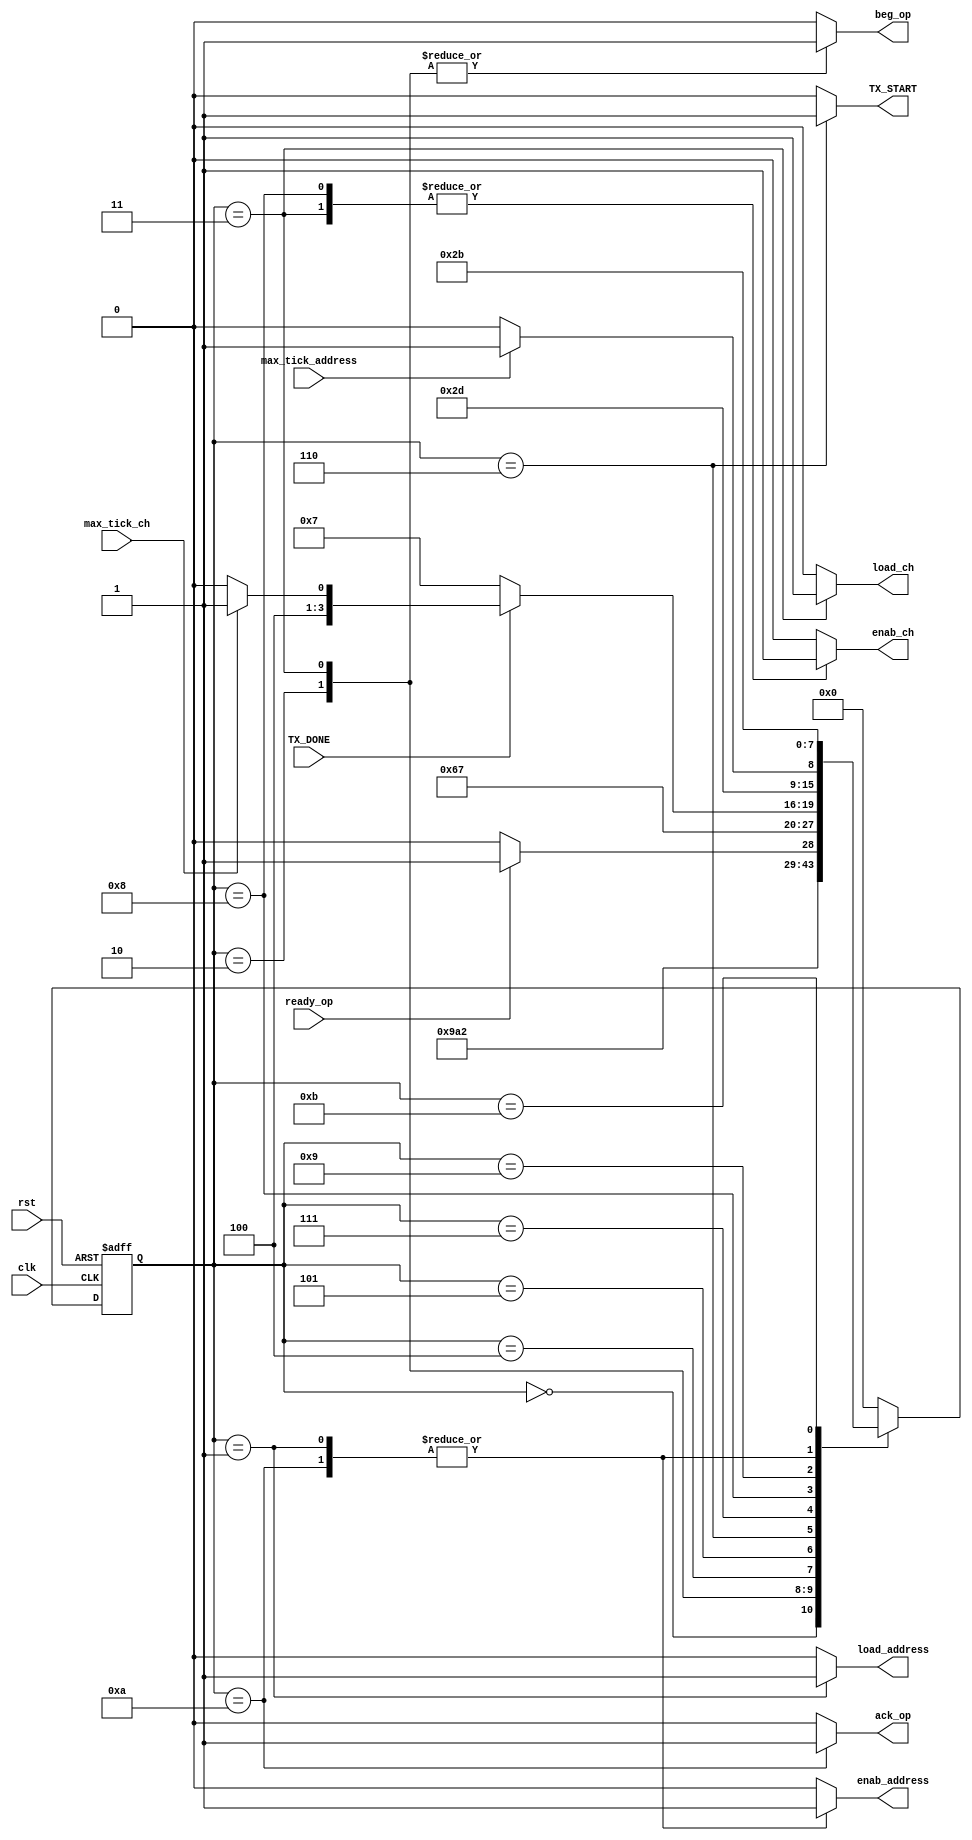
`timescale 1ns / 1ps
//////////////////////////////////////////////////////////////////////////////////
// Company: Tecnolgico de Costa Rica
// 
// Design Name: 
// Module Name: FSM_test 
// Project Name: 
// Target Devices: 
// Tool versions: 
// Description: 
//					
//////////////////////////////////////////////////////////////////////////////////

module FSM_test(

    input wire clk,
    input wire rst,
    input wire ready_op,
    input wire max_tick_address,
    input wire max_tick_ch,
    input wire TX_DONE,
    
    output reg beg_op,
    output reg ack_op,
    output reg load_address,
    output reg enab_address,
    output reg enab_ch,
    output reg load_ch,
    output reg TX_START
    );

//symbolic state declaration
localparam [3:0]    est0 = 4'b0000,
                    est1 = 4'b0001,
                    est2 = 4'b0010,
                    est3 = 4'b0011,
                    est4 = 4'b0100,
                    est5 = 4'b0101, 
                    est6 = 4'b0110,
                    est7 = 4'b0111,
                    est8 = 4'b1000,
                    est9 = 4'b1001,
                    est10 = 4'b1010,
                    est11 = 4'b1011;
//signal declaration
reg [3:0] state_reg, state_next;    //    Guardan el estado actual y el estado futuro, respectivamente.

//state register

always @( posedge clk, posedge rst)
    begin
        if(rst)	// Si hay reset, el estado actual es el estado inicial.
            state_reg <= est0;
        else		//Si no hay reset el estado actual es igual al estado siguiente.
            state_reg <= state_next;
    end
    
//next-state logic and output logic

always @*
    begin
        state_next = state_reg; // default state : the same
        
        //declaration of default outputs. 
        beg_op = 1'b0;
        ack_op = 1'b0;
        load_address = 1'b0;
        enab_address = 1'b0;
        enab_ch = 1'b0;
        load_ch = 1'b0;
        TX_START = 1'b0;
        
        case(state_reg)
        est0:
            begin
                state_next = est1;
            end
            
        est1:
            begin
                load_address = 1'b1;
                enab_address = 1'b1;
                state_next = est2;
            end
            
        est2:
            begin
                beg_op = 1'b1;
                state_next=est3;
            end
            
        est3:
            begin
                beg_op = 1'b1;
                enab_ch = 1'b1;
                load_ch = 1'b1;
                state_next=est4;
            end
            
        est4:
            begin
                if(ready_op)
                    state_next=est5;
                else
                    state_next=est4;
            end
            
        est5:
            begin
                state_next=est6;
            end
            
        est6:
            begin
                TX_START = 1'b1;
                state_next=est7;
            end
            
        est7:
            begin
                if(TX_DONE)
                    if(max_tick_ch)
                        state_next=est9;
                    else
                        begin
                            state_next=est8;
                        end
                else
                    state_next=est7;
            end
            
        est8:
            begin
                enab_ch = 1'b1;
                state_next=est5;
            end
            
        est9:
            begin
                if(max_tick_address)
                    state_next=est11;
                else
                    begin
                        state_next=est10;
                    end
            end
            
        est10:
            begin
                enab_address = 1'b1;
                ack_op = 1'b1;
                state_next=est2;
            end
            
        est11:
            begin
                state_next=est11;
            end
            
        default:
            state_next=est0;
        endcase
    end

endmodule